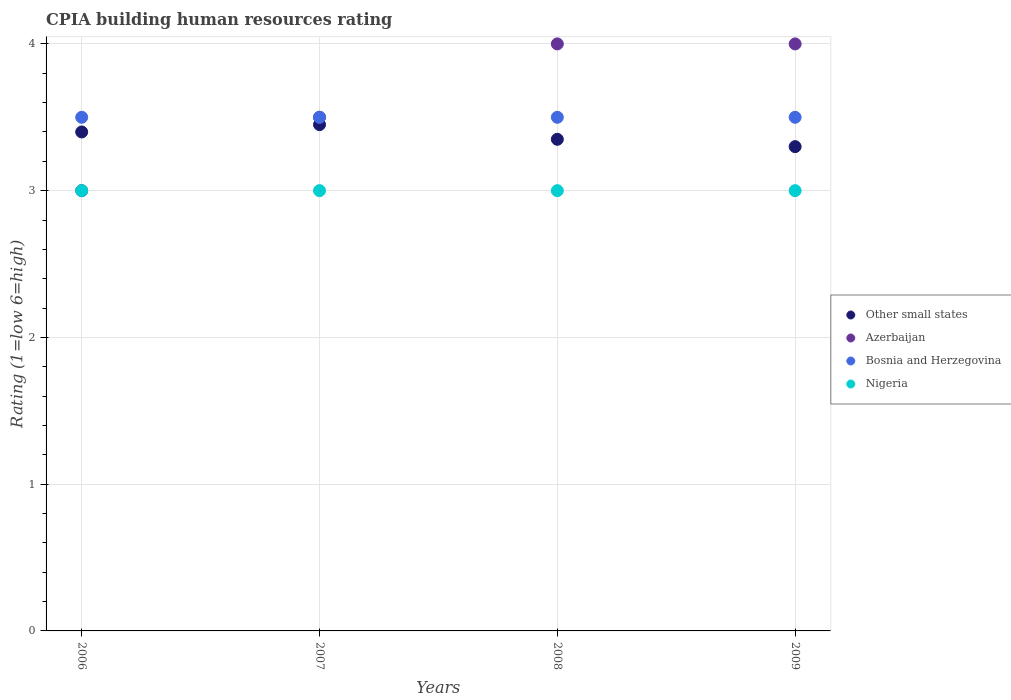
| Years | Other small states | Azerbaijan | Bosnia and Herzegovina | Nigeria |
 | --- | --- | --- | --- | --- |
 | 2006 | 3.4 | 3 | 3.5 | 3 |
 | 2007 | 3.45 | 3.5 | 3.5 | 3 |
 | 2008 | 3.35 | 4 | 3.5 | 3 |
 | 2009 | 3.3 | 4 | 3.5 | 3 |